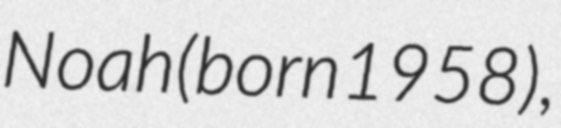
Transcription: Noah (born 1958),